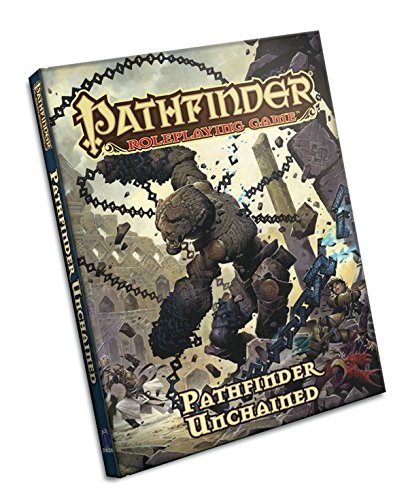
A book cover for Pathfinder Roleplaying Game: Pathfinder Unchained; Jason Bulmahn; Science Fiction & Fantasy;